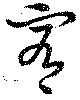
宥